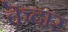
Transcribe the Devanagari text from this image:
कॆदार